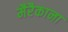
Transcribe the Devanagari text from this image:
मैरैकाना